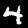
Label: 4